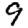
Digit: 9